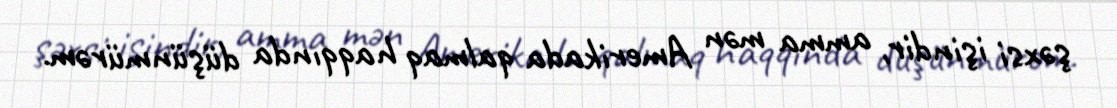
şəxsi işindir, amma mən Amerikada qalmaq haqqında düşünmürəm.